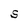
Character: S